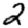
Digit: 2